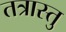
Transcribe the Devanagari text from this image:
तत्रास्तु